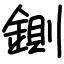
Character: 鍘